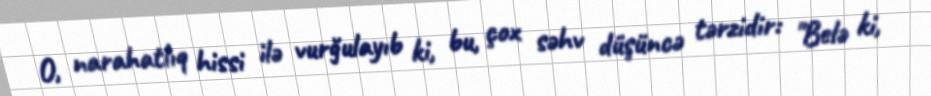
O, narahatlıq hissi ilə vurğulayıb ki, bu, çox səhv düşüncə tərzidir: "Belə ki,